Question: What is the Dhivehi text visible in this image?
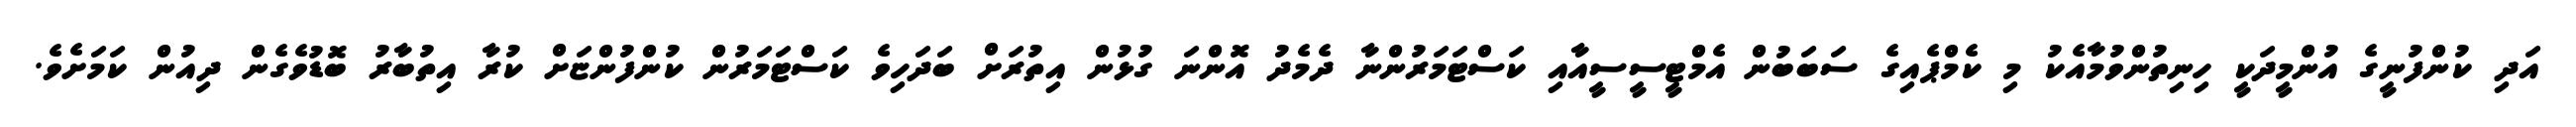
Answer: އަދި ކުންފުނީގެ އުންމީދަކީ ހިނިތުންވުމާއެކު މި ކެމްޕެއިގެ ސަބަބުން އެމްޓީސީސީއާއި ކަސްޓަމަރުންނާ ދެމެދު އޮންނަ ގުޅުން އިތުރަށް ބަދަހިވެ ކަސްޓަމަރުން ކުންފުންޏަށް ކުރާ އިތުބާރު ބޮޑުވެގެން ދިއުން ކަމަށެވެ.